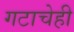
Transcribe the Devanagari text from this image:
गटाचेही